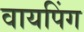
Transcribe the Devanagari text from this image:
वायपिंग